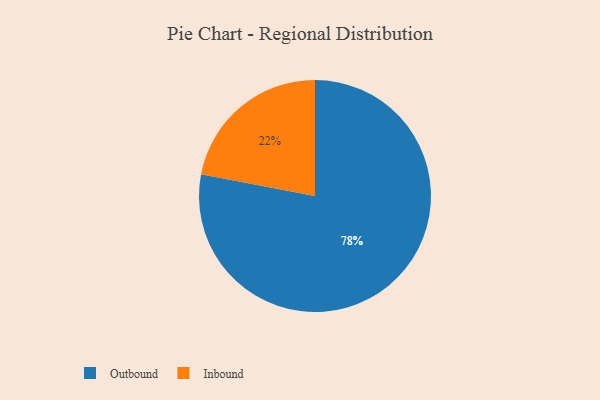
{"axis": {"x": "Category", "y": "Percentage"}, "legend": ["Inbound", "Outbound"], "data": [{"x": "Inbound", "y": 22, "type": "Inbound"}, {"x": "Outbound", "y": 78, "type": "Outbound"}]}